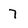
Character: 7